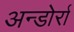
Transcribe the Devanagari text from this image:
अन्डोर्रा